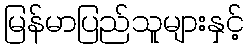
မြန်မာပြည်သူများနှင့်